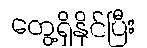
တွေ့ရှိနိုင်ပြီး